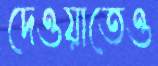
দেওয়াতেও